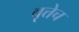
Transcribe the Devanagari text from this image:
वृत्तेच